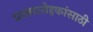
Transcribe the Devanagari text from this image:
प्रस्तरारोहकांसाठी